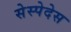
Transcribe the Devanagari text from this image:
सेस्पेदेस